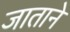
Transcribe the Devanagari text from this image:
जाताने